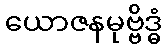
ယောဇနမုဗ္ဗိဒ္ဓံ